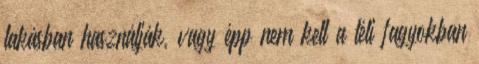
lakásban használják, vagy épp nem kell a téli fagyokban